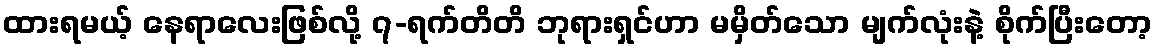
ထားရမယ့် နေရာလေးဖြစ်လို့ ၇-ရက်တိတိ ဘုရားရှင်ဟာ မမှိတ်သော မျက်လုံးနဲ့ စိုက်ပြီးတော့